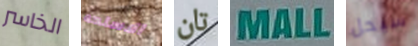
الخاسر الاسلحه تان MALL سيحل